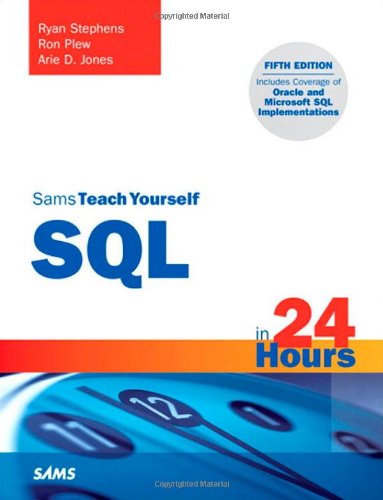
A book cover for Sams Teach Yourself SQL in 24 Hours (5th Edition); Ryan Stephens; Computers & Technology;